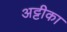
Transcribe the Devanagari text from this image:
अट्टीका